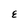
Character: E